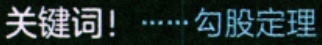
关键词！······勾股定理